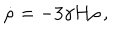
\dot { \rho } = - 3 \gamma H \rho \, ,